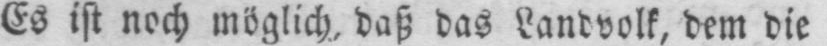
Es ist noch möglich, daß das Landvolk, dem die